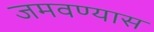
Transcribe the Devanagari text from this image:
जमवण्यास